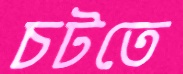
চটতে